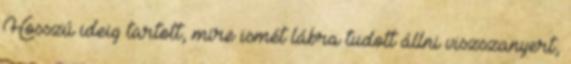
Hosszú ideig tartott, mire ismét lábra tudott állni viszszanyert,